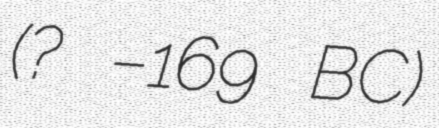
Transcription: (? –169 BC)